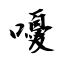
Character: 嚘